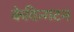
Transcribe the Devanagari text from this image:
केविन्गटन